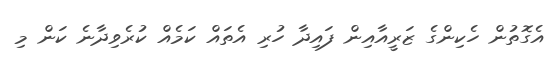
އެގޮތުން ހެކިންގެ ޒަރީއާއިން ފައިދާ ހުރި އެތައް ކަމެއް ކުރެވިދާނެ ކަން މި